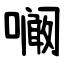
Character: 㘎